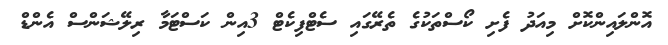
އޮންލައިންކޮށް މިއަދު ފެށި ކޯސްތަކުގެ ތެރޭގައި ސެޓްފިކެޓް 3އިން ކަސްޓަމާ ރިލޭޝަންސް އެންޑް